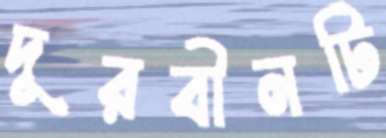
দূরবীনটি